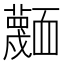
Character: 𮓅